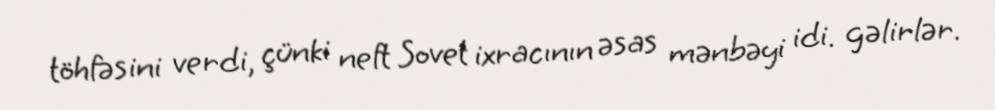
töhfəsini verdi, çünki neft Sovet ixracının əsas mənbəyi idi. gəlirlər.